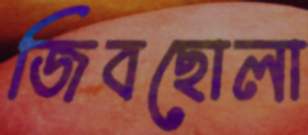
জিবছোলা